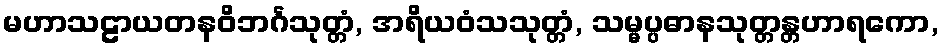
မဟာသဠာယတနဝိဘင်္ဂသုတ္တံ, အရိယဝံသသုတ္တံ, သမ္မပ္ပဓာနသုတ္တန္တဟာရကော,